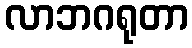
လာဘဂရုတာ